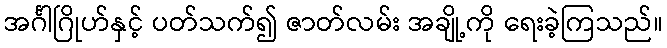
အင်္ဂါဂြိုဟ်နှင့် ပတ်သက်၍ ဇာတ်လမ်း အချို့ကို ရေးခဲ့ကြသည်။